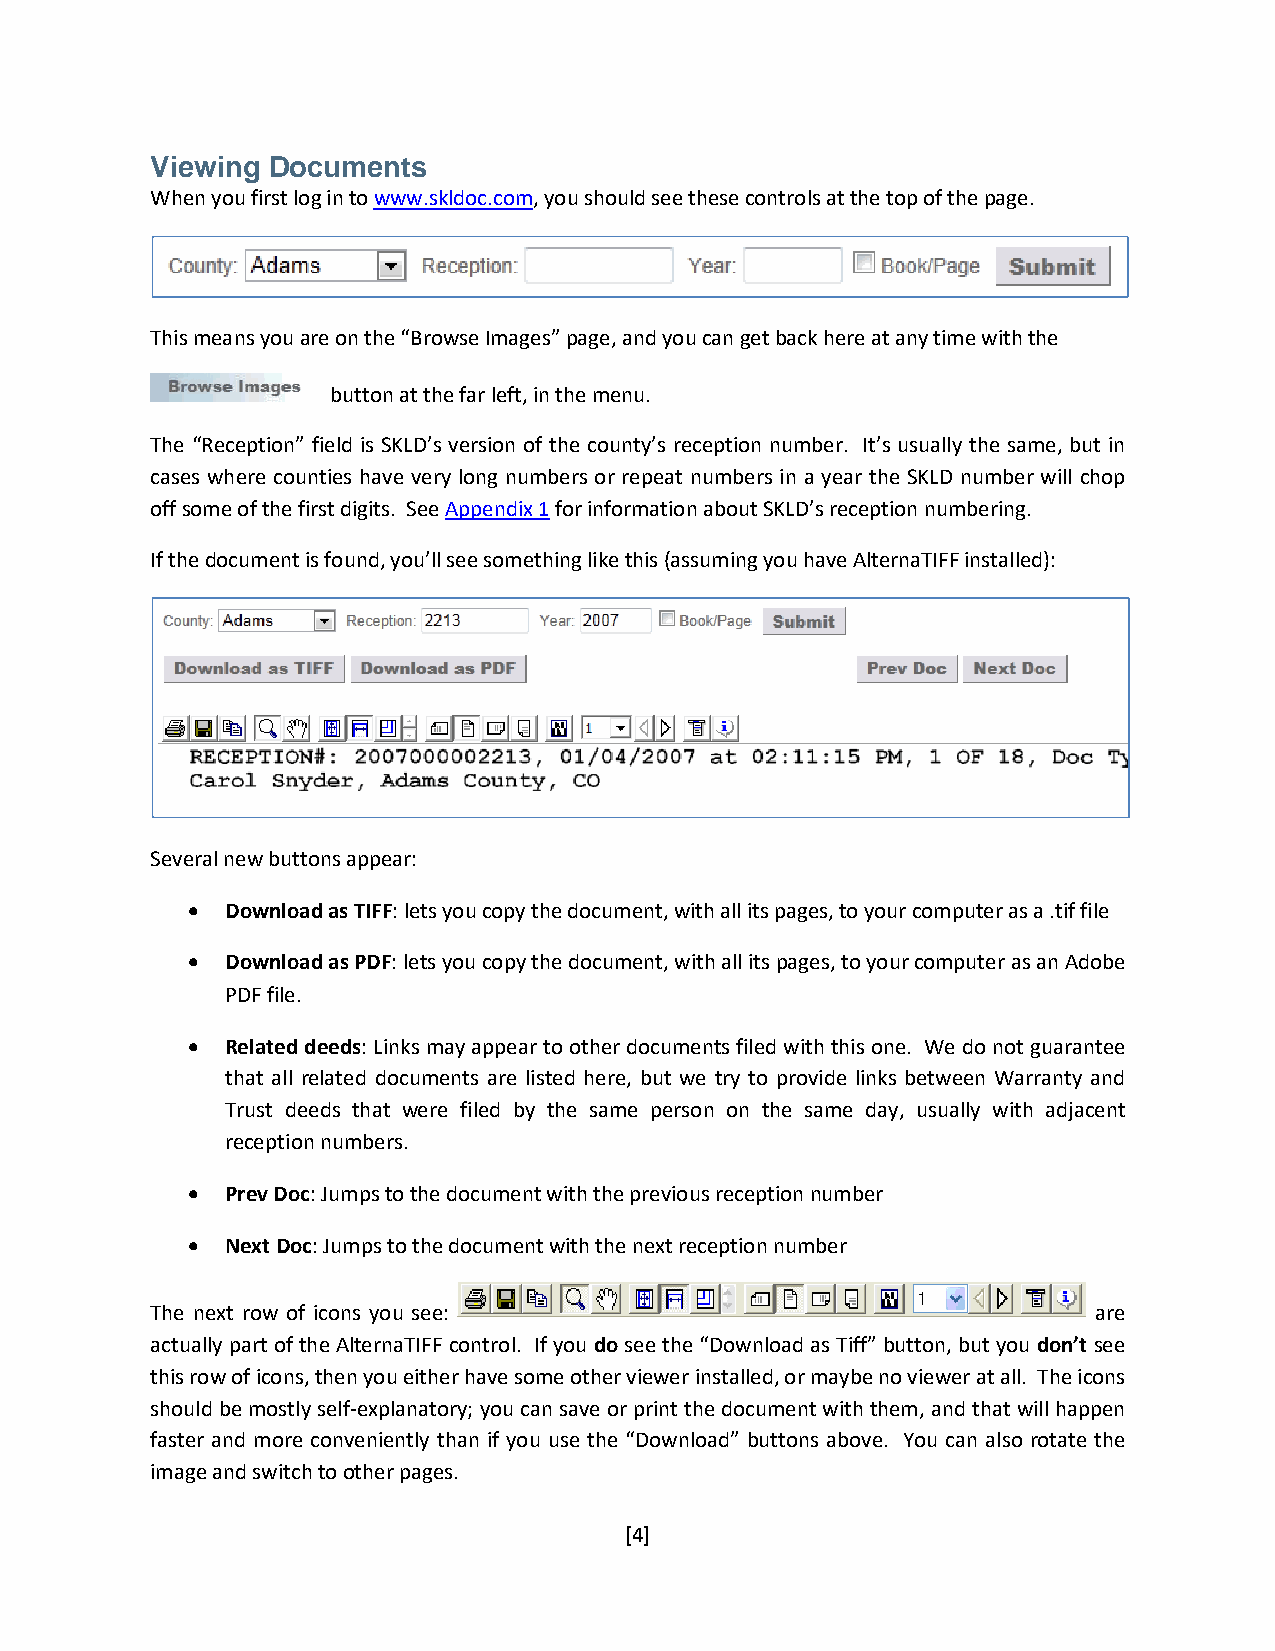
Viewing Documents
 When you first log in to www.skldoc.com, you should see these controls at the top of the page.
 This means you are on the “Browse Images” page, and you can get back here at any time with the
 button at the far left, in the menu.
 The “Reception” field is SKLD’s version of the county’s reception number. It’s usually the same, but in
 cases where counties have very long numbers or repeat numbers in a year the SKLD number will chop
 off some of the first digits. See Appendix 1 for information about SKLD’s reception numbering.
 If the document is found, you’ll see something like this (assuming you have AlternaTIFF installed):
 Several new buttons appear:
 •  Download as TIFF: lets you copy the document, with all its pages, to your computer as a .tif file
 •  Download as PDF: lets you copy the document, with all its pages, to your computer as an Adobe
 PDF file.
 •  Related deeds: Links may appear to other documents filed with this one. We do not guarantee
 that all related documents are listed here, but we try to provide links between Warranty and
 Trust deeds that were filed by the same person on the same day, usually with adjacent
 reception numbers.
 •  Prev Doc: Jumps to the document with the previous reception number
 •  Next Doc: Jumps to the document with the next reception number
 The next row of icons you see:                                are
 actually part of the AlternaTIFF control. If you do see the “Download as Tiff” button, but you don’t see
 this row of icons, then you either have some other viewer installed, or maybe no viewer at all. The icons
 should be mostly self-explanatory; you can save or print the document with them, and that will happen
 faster and more conveniently than if you use the “Download” buttons above. You can also rotate the
 image and switch to other pages.
 [4]